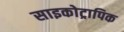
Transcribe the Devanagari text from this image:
साइकोट्रापिक